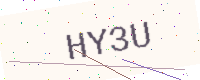
Text: HY3U